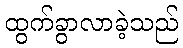
ထွက်ခွာလာခဲ့သည်